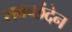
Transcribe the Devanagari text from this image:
शवच्छंदेन